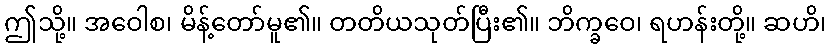
ဤသို့။ အဝေါစ၊ မိန့်တော်မူ၏။ တတိယသုတ်ပြီး၏။ ဘိက္ခဝေ၊ ရဟန်းတို့။ ဆဟိ၊